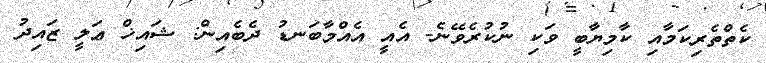
ކެތްތެރިކަމާއި ކާމިޔާބީ ވަކި ނުކުރެވޭނެ- އެއީ އެއްމާބަނޑު ދެބެއިން: ޝައިޚް ޢަލީ ޒައިދު